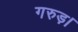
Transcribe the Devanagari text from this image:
गरुड़।